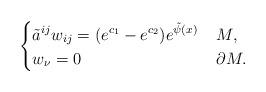
LaTeX: \begin{align*}\left\{\begin{aligned}&\tilde{a}^{ij}w_{ij} = (e^{c_1} - e^{c_2}) e^{\tilde{\psi}(x)} &&\; M, \\ &w_\nu = 0 && \; \partial M. \end{aligned}\right.\end{align*}